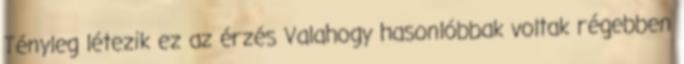
Tényleg létezik ez az érzés Valahogy hasonlóbbak voltak régebben